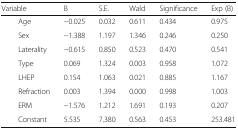
| <COLSPAN=2> Variable | B | S.E. | Wald | Significance | Exp (B) |
 | --- | --- | --- | --- | --- | --- | --- |
 | <ROWSPAN=8>  | Age | −0.025 | 0.032 | 0.611 | 0.434 | 0.975 |
 | Sex | −1.388 | 1.197 | 1.346 | 0.246 | 0.250 |
 | Laterality | −0.615 | 0.850 | 0.523 | 0.470 | 0.541 |
 | Type | 0.069 | 1.324 | 0.003 | 0.958 | 1.072 |
 | LHEP | 0.154 | 1.063 | 0.021 | 0.885 | 1.167 |
 | Refraction | 0.003 | 1.394 | 0.000 | 0.998 | 1.003 |
 | ERM | −1.576 | 1.212 | 1.691 | 0.193 | 0.207 |
 | Constant | 5.535 | 7.380 | 0.563 | 0.453 | 253.481 |